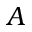
A